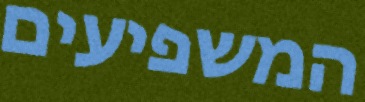
המשפיעים